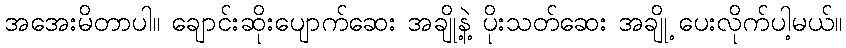
အအေးမိတာပါ။ ချောင်းဆိုးပျောက်ဆေး အချို့နဲ့ ပိုးသတ်ဆေး အချို့ ပေးလိုက်ပါ့မယ်။